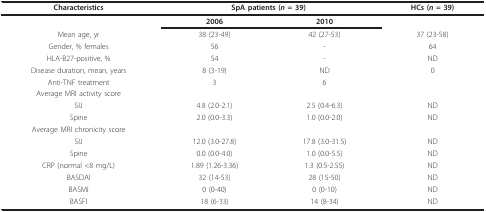
<table><thead><tr><td><b>Characteristics</b></td><td colspan="2"><b>SpA patients (<i>n </i>= 39)</b></td><td><b>HCs (<i>n </i>= 39)</b></td></tr></thead><tbody><tr><td></td><td><b>2006</b></td><td><b>2010</b></td><td></td></tr><tr><td>Mean age, yr</td><td>38 (23-49)</td><td>42 (27-53)</td><td>37 (23-58)</td></tr><tr><td>Gender, % females</td><td>56</td><td>-</td><td>64</td></tr><tr><td>HLA-B27-positive, %</td><td>54</td><td>-</td><td>ND</td></tr><tr><td>Disease duration, mean, years</td><td>8 (3-19)</td><td>ND</td><td>0</td></tr><tr><td>Anti-TNF treatment</td><td>3</td><td>6</td><td></td></tr><tr><td>Average MRI activity score</td><td></td><td></td><td></td></tr><tr><td>SIJ</td><td>4.8 (2.0-2.1)</td><td>2.5 (0.4-6.3)</td><td>ND</td></tr><tr><td>Spine</td><td>2.0 (0.0-3.3)</td><td>1.0 (0.0-2.0)</td><td>ND</td></tr><tr><td>Average MRI chronicity score</td><td></td><td></td><td></td></tr><tr><td>SIJ</td><td>12.0 (3.0-27.8)</td><td>17.8 (3.0-31.5)</td><td>ND</td></tr><tr><td>Spine</td><td>0.0 (0.0-4.0)</td><td>1.0 (0.0-5.5)</td><td>ND</td></tr><tr><td>CRP (normal &lt;8 mg/L)</td><td>1.89 (1.26-3.36)</td><td>1.3 (0.5-2.55)</td><td>ND</td></tr><tr><td>BASDAI</td><td>32 (14-53)</td><td>28 (15-50)</td><td>ND</td></tr><tr><td>BASMI</td><td>0 (0-40)</td><td>0 (0-10)</td><td>ND</td></tr><tr><td>BASFI</td><td>18 (6-33)</td><td>14 (8-34)</td><td>ND</td></tr></tbody></table>